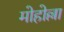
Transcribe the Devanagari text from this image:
मोहोल्ला